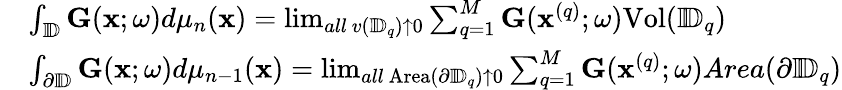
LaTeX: \begin{array}{rl}&{\int_{\mathbb{I\! D}}{\mathbf{G}}{(\mathbf{x};\omega)}d\mu_{n}(\mathbf{x})=\operatorname*{lim}_{all~v({\mathbb{I\! D}}_{q})\uparrow 0}\sum_{q=1}^{M}{\mathbf{G}}(\mathbf{x}^{(q)};\omega)\mathrm{Vol}(\mathbb{I\! D}_{q})}\\ &{\int_{\partial\mathbb{I\! D}}{\mathbf{G}}(\mathbf{x};\omega)d\mu_{n-1}(\mathbf{x})=\operatorname*{lim}_{all~\mathrm{Area}(\partial\mathbb{I\! D}_{q})\uparrow 0}\sum_{q=1}^{M}{\mathbf{G}}(\mathbf{x}^{(q)};\omega)Area(\partial\mathbb{I\! D}_{q})}\end{array}